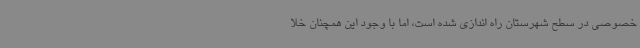
خصوصی در سطح شهرستان راه اندازی شده است، اما با وجود این همچنان خلا